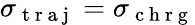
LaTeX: \sigma_{\mathrm{~t~r~a~j~}}=\sigma_{\mathrm{~c~h~r~g~}}